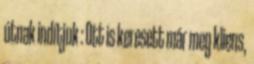
útnak indítjuk : Ott is keresett már meg kliens,